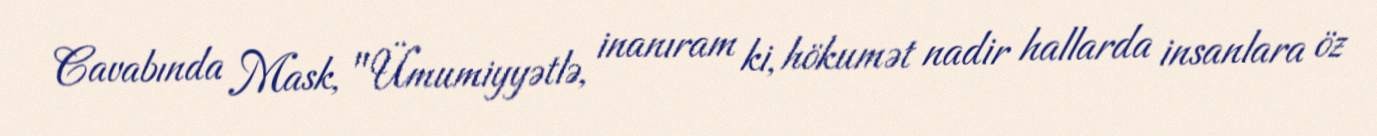
Cavabında Mask, "Ümumiyyətlə, inanıram ki, hökumət nadir hallarda insanlara öz